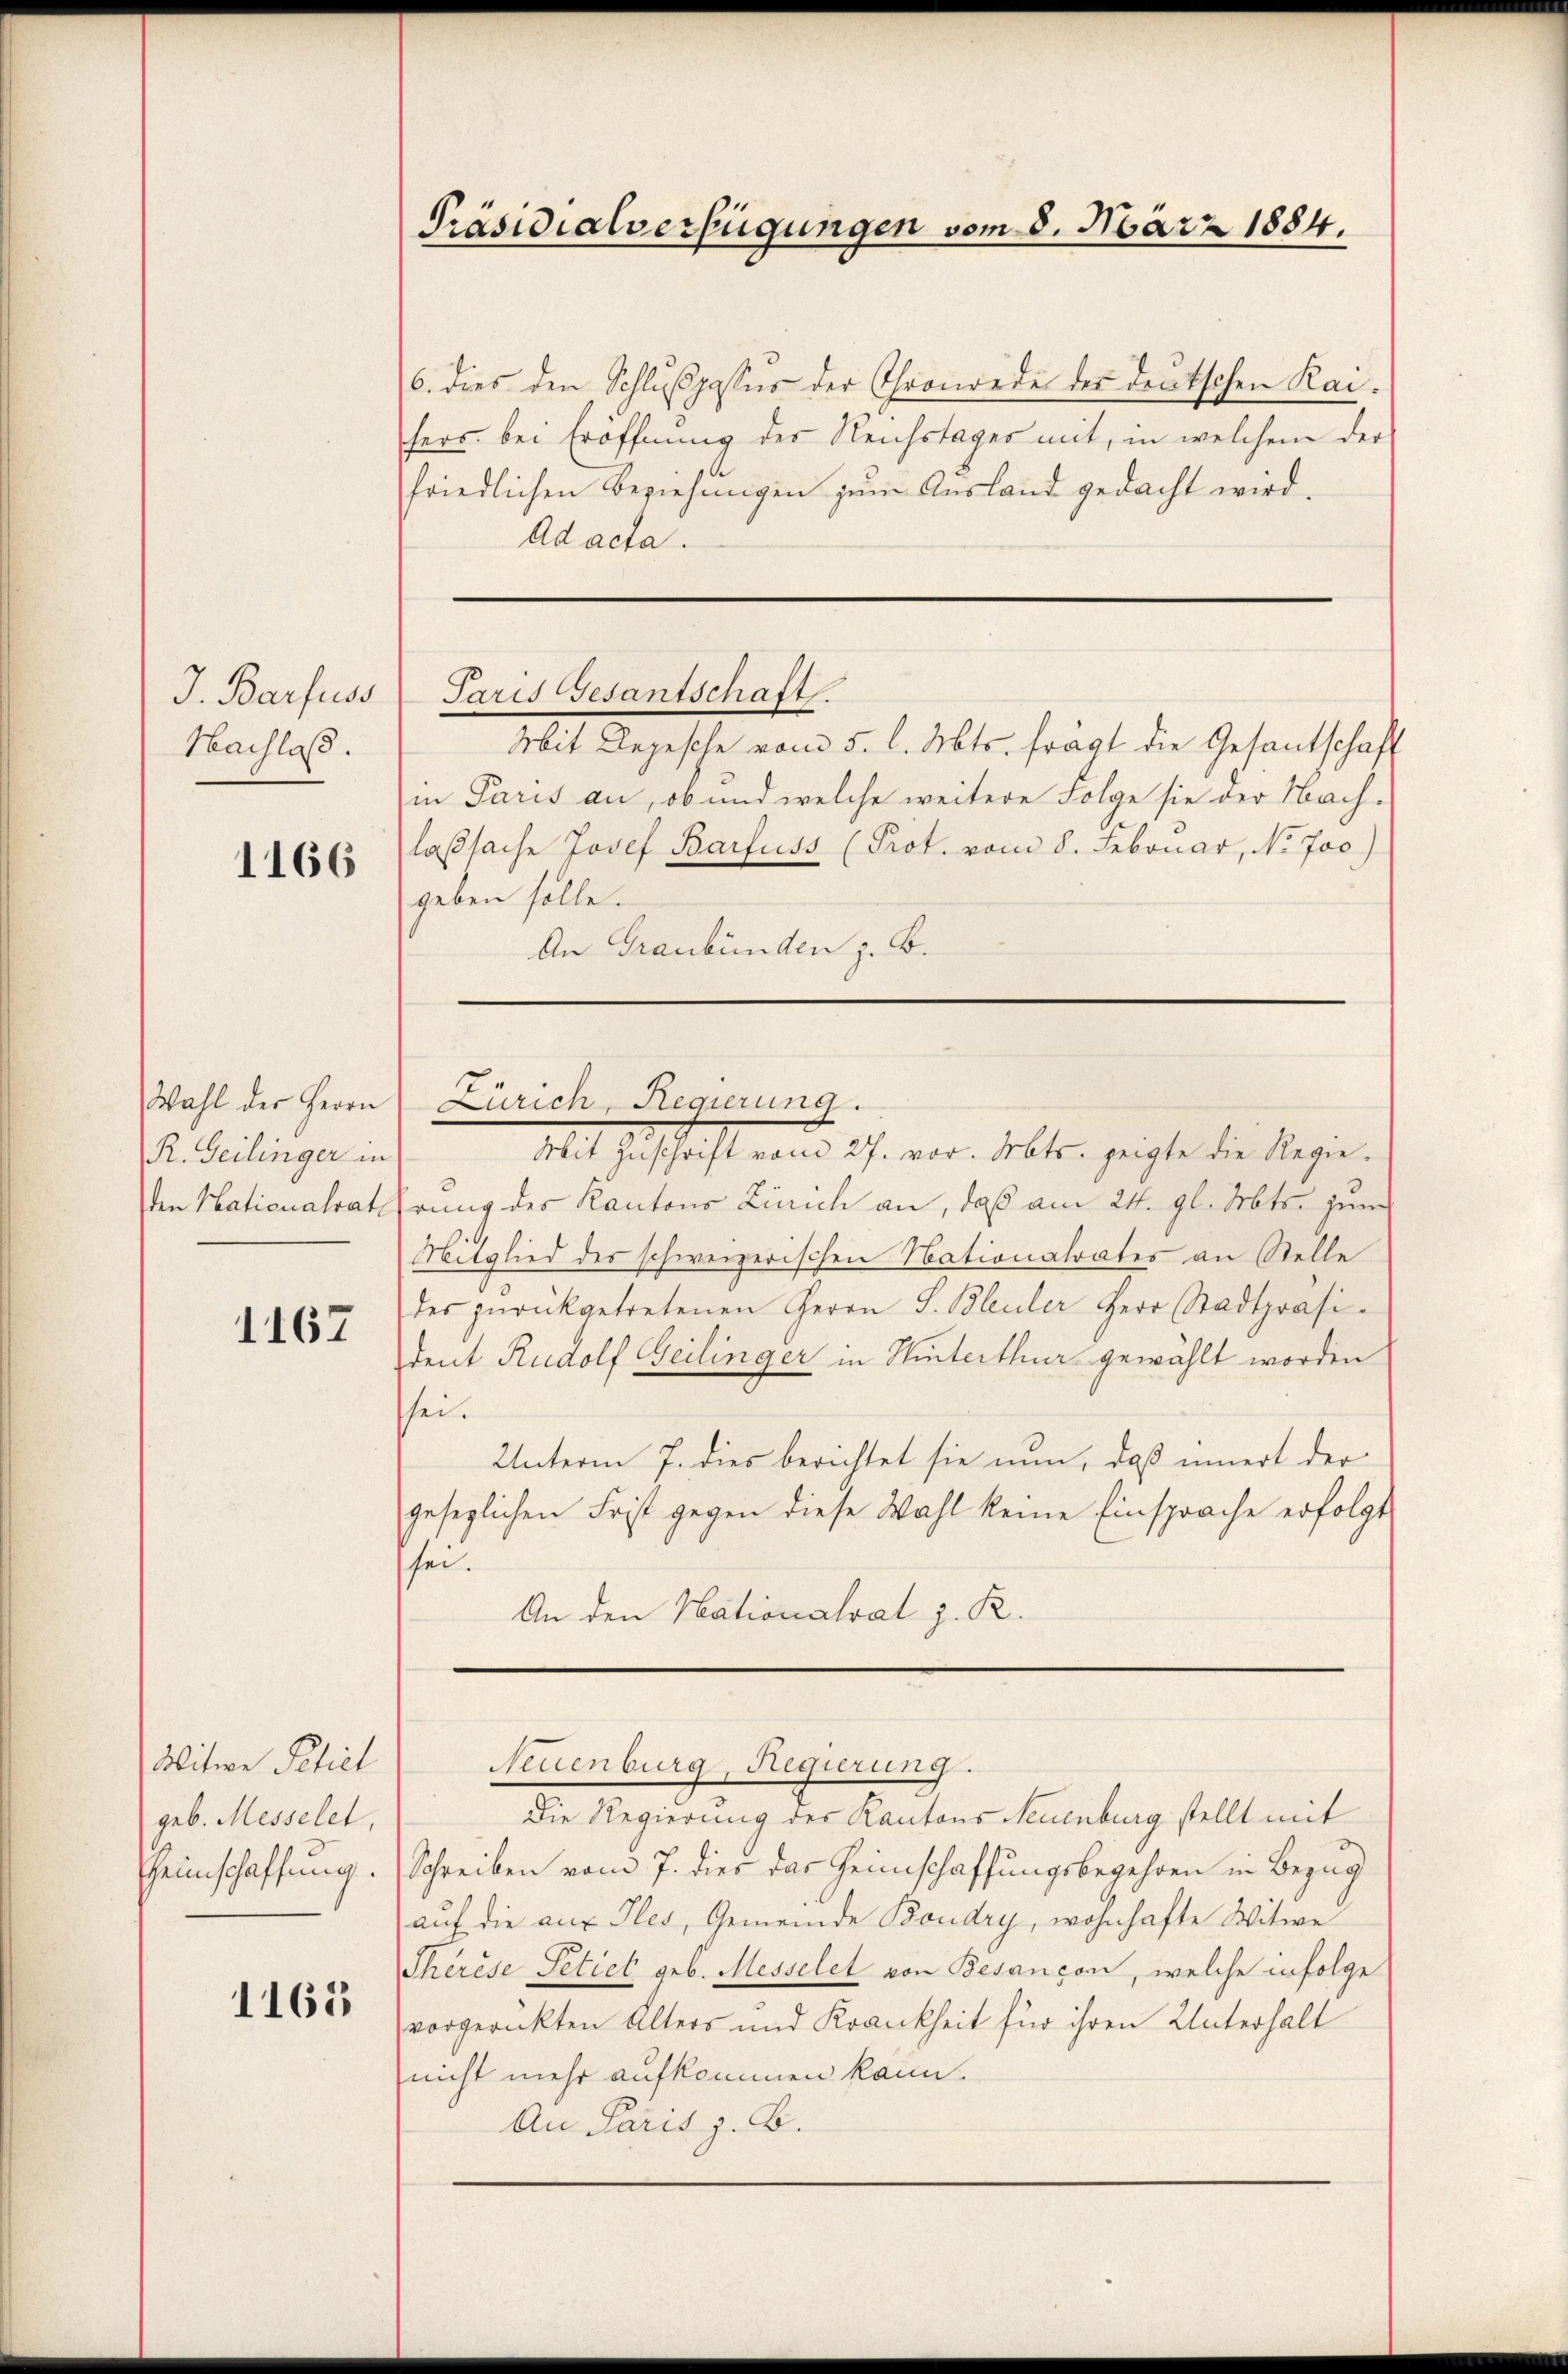
J. Barfuss
Nachlaß.

1166

Wahl der Herrn
R. Geilinger in

1167

Witwe Petiel
geb. Messelet,
Heimschaffung.

1163

Präsidialverfügungen vom 8. März 1884.

6. dies den Schlŭβpassus der Chronorde der deutschen Kai-
fers bei Eröffnung des Reichstages mit, in welchem der
friedlichen Beziehungen zum Ausland gedacht wird.
Ad acta.

Paris Gesantschaft.

Mit Depesche vom 5. l. Mts. frägt die Gesantschaft
in Paris an, ob und welche weitere Folge sie der Nach-
laßsache Josef Barfuss (Prot. vom 8. Februar, No Joo)
geben solle.
An Graubünden z. B.

Mit Zuschrift vom 27. vor. Mts. zeigte die Regieden Nationalrat Ehrung des Kantons Zürich an, daß am 24. gl. Mts. jun
Mitglied des schweizerischen Nationalrates an Stelle
des zurückgetretenen Herrn S. Bleuler Herr Stadtpräsident Rudolf Geilinger in Hinterthur gewählt worden
sei.
Unterm 7. dies berichtet sie nun, daß innert der
gesezlichen Frist gegen diese Wahl keine Einsprache erfolgt
sei.
An den Nationalrat z. R.

Zürich, Regierung.

Neuenburg, Regierung.
Die Regierung der Kantons Neuenburg stellt mit

Schreiben vom 7. dies das Heimschaffungsbegehren in Bezug
auf die aus Iles, Gemeinde Boudry, wohnhafte Witwe
Therese Petict geb. Messelet von Besançon, welche infolge
vorgerückten Alters und Krankheit für ihren Unterhalt
nicht mehr aufkommen kann.
An Paris z. B.